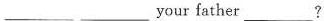
___ ___your father___?